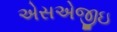
એસએજીઇ